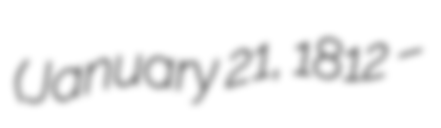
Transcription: (January 21, 1812 –